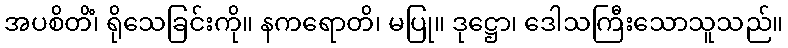
အပစိတိံ၊ ရိုသေခြင်းကို။ နကရောတိ၊ မပြု။ ဒုဋ္ဌော၊ ဒေါသကြီးသောသူသည်။